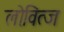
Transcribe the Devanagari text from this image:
लोवित्ज